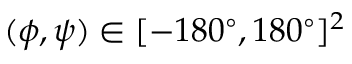
( \phi , \psi ) \in [ - 1 8 0 ^ { \circ } , 1 8 0 ^ { \circ } ] ^ { 2 }